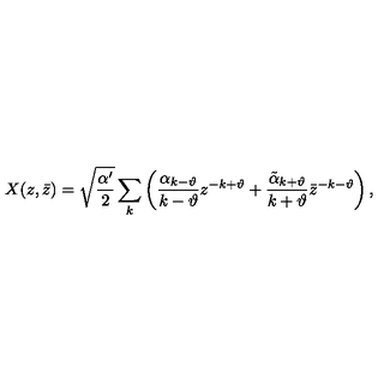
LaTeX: X ( z , \bar { z } ) = \sqrt { \frac { \alpha ^ { \prime } } { 2 } } \sum _ { k } \left( \frac { \alpha _ { k - \vartheta } } { k - \vartheta } z ^ { - k + \vartheta } + \frac { \tilde { \alpha } _ { k + \vartheta } } { k + \vartheta } \bar { z } ^ { - k - \vartheta } \right) ,